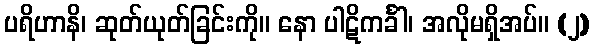
ပရိဟာနိ၊ ဆုတ်ယုတ်ခြင်းကို။ နော ပါဋိကင်္ခါ၊ အလိုမရှိအပ်။ (၂)